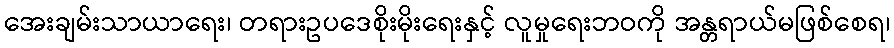
အေးချမ်းသာယာရေး၊ တရားဥပဒေစိုးမိုးရေးနှင့် လူမှုရေးဘဝကို အန္တရာယ်မဖြစ်စေရ၊